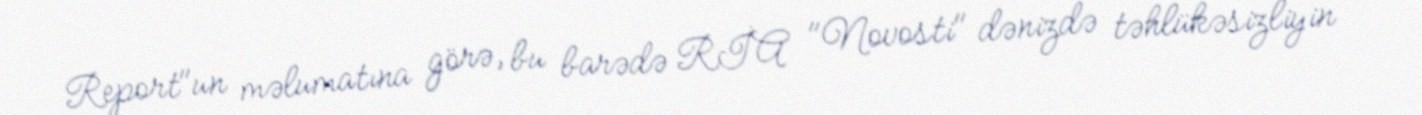
Report"un məlumatına görə, bu barədə RİA "Novosti" dənizdə təhlükəsizliyin